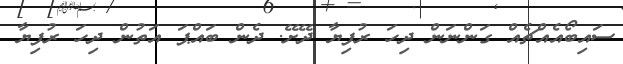
ސައިބޯއެއްޗެއް ގަންނަން ދިހަ ރުފިޔާ ދޭށޭ. ދެން ބައްޕަ އަތުން ދިހަ ރުފިޔާ